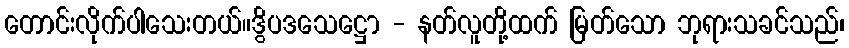
တောင်းလိုက်ပါသေးတယ်။ဒွိပဒသေဋ္ဌော - နတ်လူတို့ထက် မြတ်သော ဘုရားသခင်သည်၊